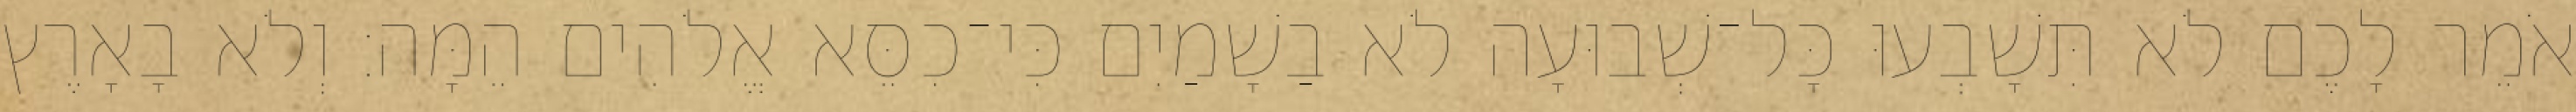
אֹמֵר לָכֶם לֹא תִּשָׁבְעוּ כָּל־שְׁבוּעָה לֹא בַשָׁמַיִם כִּי־כִסֵּא אֱלֹהִים הֵמָּה׃ וְלֹא בָאָרֶץ